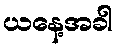
ယနေ့အခါ